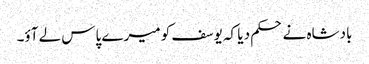
بادشاہ نے حکم دیا کہ یوسف کو میرے پاس لے آؤ۔